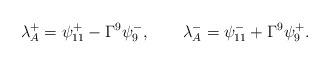
LaTeX: \begin{align*}{\lambda_{A}^+=\psi_{11}^+-\Gamma^9\psi_9^-, \qquad\lambda_{A}^-=\psi_{11}^-+\Gamma^9\psi_9^+.}\end{align*}